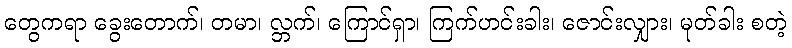
တွေကရာ ခွေးတောက်၊ တမာ၊ လ္ဘက်၊ ကြောင်ရှာ၊ ကြက်ဟင်းခါး၊ ဇောင်းလျှား၊ မုတ်ခါး စတဲ့